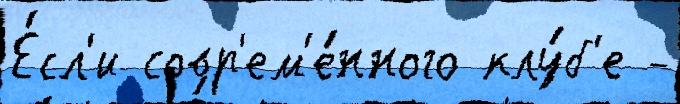
Е́сл'и совр'ем'е́нного клу́б'е -